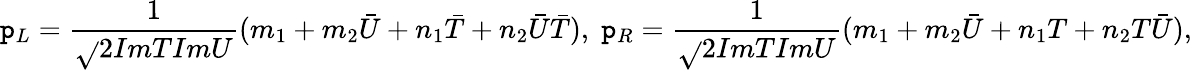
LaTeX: {\mathtt{p}_{L}}=\frac{{1}}{{\sqrt{}{{2ImTImU}}}}(m_{1}+m_{2}{\bar{{U}}}+n_{1}{\bar{{T}}}+n_{2}{\bar{{U}}}{\bar{{T}}}),\; \mathtt{p}_{R}=\frac{{1}}{{\sqrt{}{{2ImTImU}}}}(m_{1}+m_{2}{\bar{{U}}}+n_{1}T+n_{2}T{\bar{{U}}}),